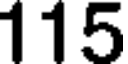
115